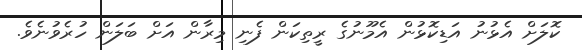
ކޮލަށް އެޅުނު އަޑިކޮޅުން އެމޫނުގެ ރީތިކަން ފެނި މިރާން އަށް ބަލަން ހުރެވުނެވެ.